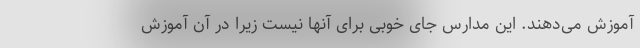
آموزش می‌دهند. این مدارس جای خوبی برای آنها نیست زیرا در آن آموزش